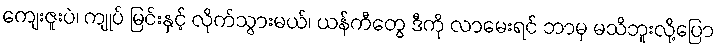
ကျေးဇူးပဲ၊ ကျုပ် မြင်းနှင့် လိုက်သွားမယ်၊ ယန်ကီတွေ ဒီကို လာမေးရင် ဘာမှ မသိဘူးလို့ပြော